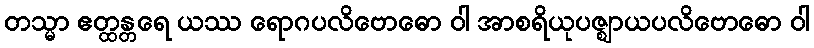
တသ္မာ ဧတ္ထန္တရေ ယဿ ရောဂပလိဗောဓော ဝါ အာစရိယုပဇ္ဈာယပလိဗောဓော ဝါ